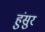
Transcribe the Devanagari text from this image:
हुंसुर